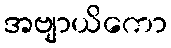
အဗျာယိကော